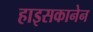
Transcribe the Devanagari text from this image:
हाइसकानेन